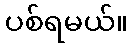
ပစ်ရမယ်။